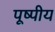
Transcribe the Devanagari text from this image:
पूष्पीय